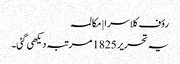
رؤف کلاسرا | مکالمہ
یہ تحریر 1825 مرتبہ دیکھی گئی۔